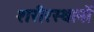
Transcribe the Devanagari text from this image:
शरीरस्थानों